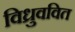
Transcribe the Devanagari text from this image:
विध्रुववित